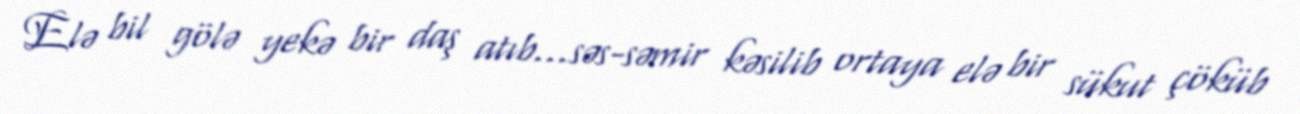
Elə bil gölə yekə bir daş atıb...səs-səmir kəsilib ortaya elə bir sükut çöküb